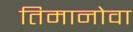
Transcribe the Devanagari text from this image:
तिमानोवा